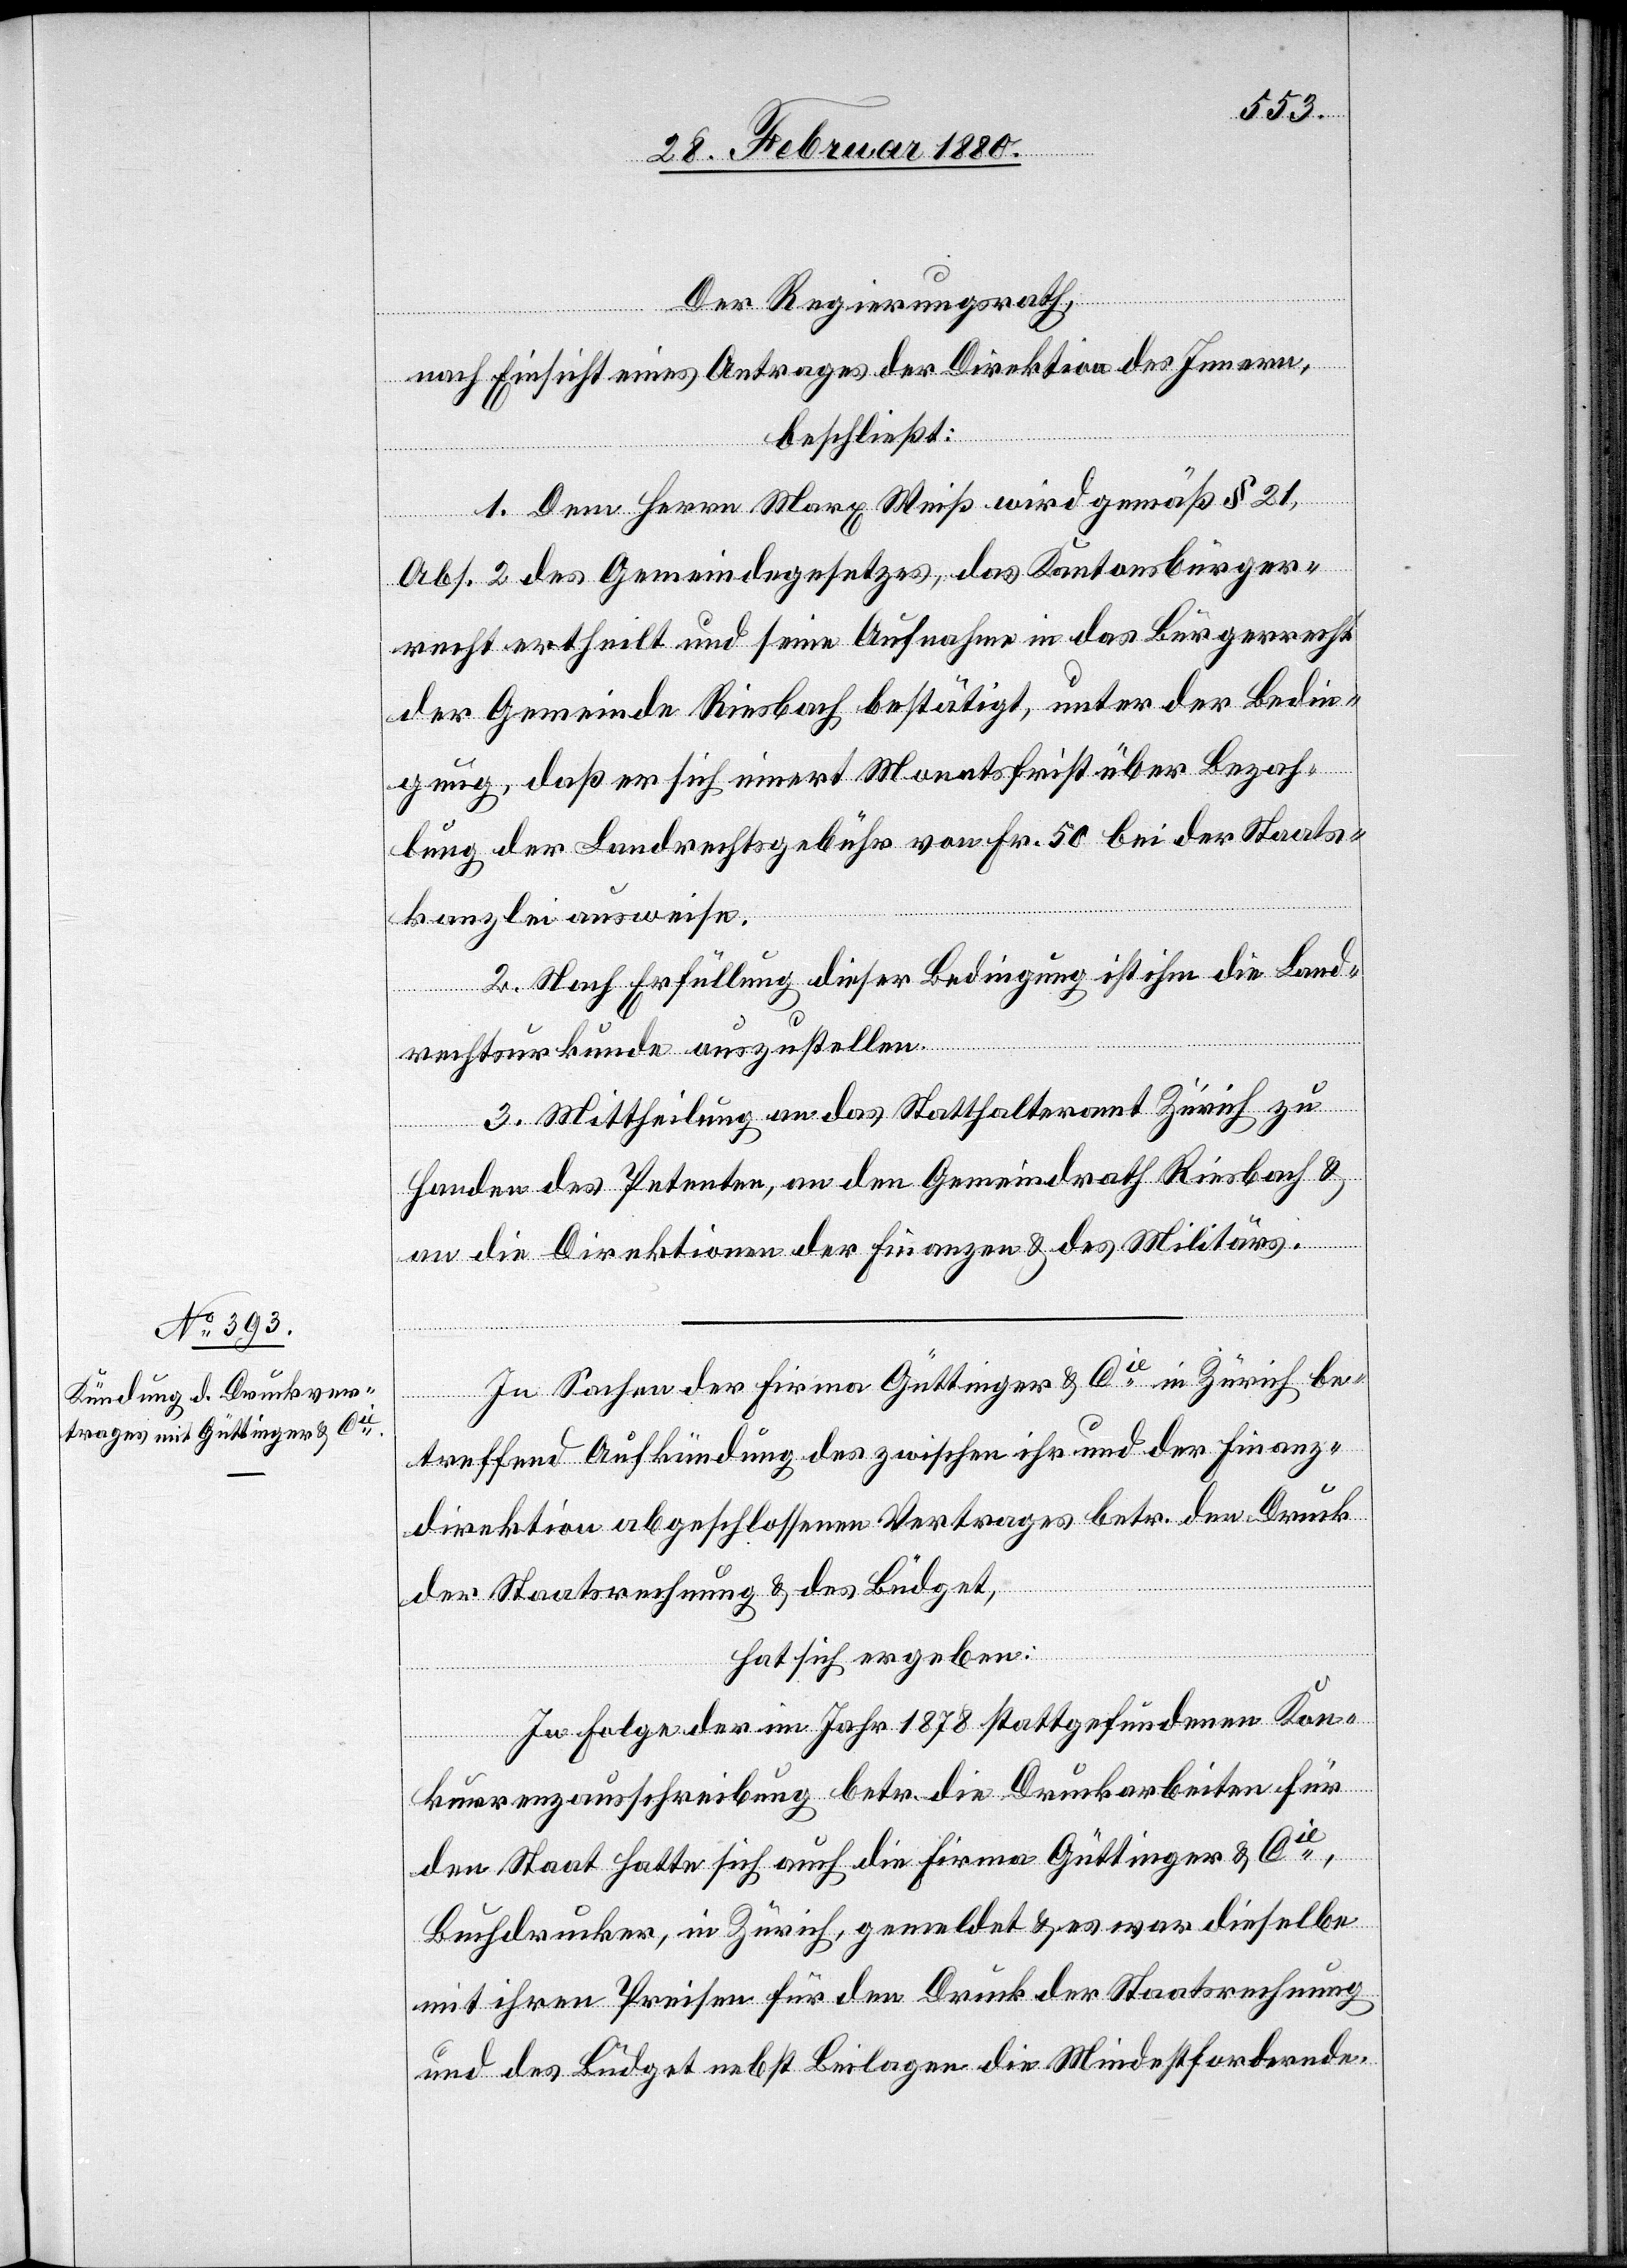
Der Regierungsrath,
nach Einsicht eines Antrages der Direktion des Innern,
beschließt:
1. Dem Herrn Marx Weiß wird gemäß § 21
Abs. 2 des Gemeindegesetzes, das Kantonsbürger¬
recht ertheilt und seine Aufnahme in das Bürgerrecht
der Gemeinde Riesbach bestätigt, unter der Bedin¬
gung, daß er sich innert Monatsfrist über Bezah¬
lung der Landrechtsgebühr von Fr. 50 bei der Staats¬
kanzlei ausweise.
2. Nach Erfüllung dieser Bedingung ist ihm die Land¬
rechtsurkunde auszustellen.
3. Mittheilung an das Statthalteramt Zürich zu
Handen des Petenten, an den Gemeindrath Riesbach &
an die Direktionen der Finanzen & des Militärs.
In Sachen der Firma Güttinger & Cie in Zürich be¬
treffend Aufkündigung des zwischen ihr und der Finanz¬
direktion abgeschlossenen Vertrages betr. den Druck
der Staatsrechnung & des Büdget,
hat sich ergeben:
In Folge der im Jahr 1878 stattgefundenen Kon¬
kurrenzausschreibung betr. die Druckarbeiten für
den Staat hatte sich auch die Firma Güttinger & Cie,
Buchdrucker, in Zürich, gemeldet & es war dieselbe
mit ihren Preisen für den Druck der Staatsrechnung
und des Büdget nebst Beilagen die Mindestfordernde.